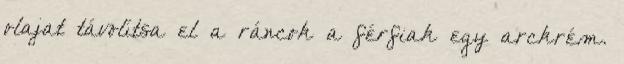
olajat távolítsa el a ráncok a férfiak egy arckrém.